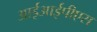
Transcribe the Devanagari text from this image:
आईआईपीएस